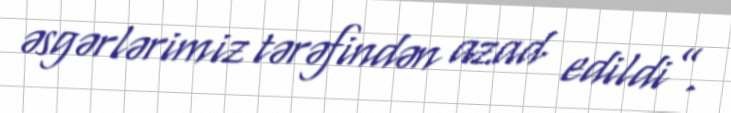
əsgərlərimiz tərəfindən azad edildi”.